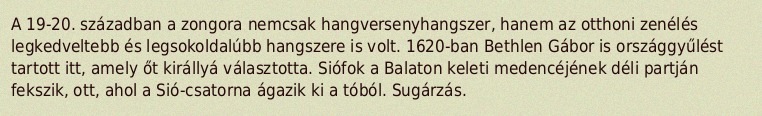
A 19-20. században a zongora nemcsak hangversenyhangszer, hanem az otthoni zenélés legkedveltebb és legsokoldalúbb hangszere is volt. 1620-ban Bethlen Gábor is országgyűlést tartott itt, amely őt királlyá választotta. Siófok a Balaton keleti medencéjének déli partján fekszik, ott, ahol a Sió-csatorna ágazik ki a tóból. Sugárzás.